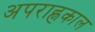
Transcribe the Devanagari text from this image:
अपराह्णकाल